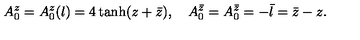
A _ { 0 } ^ { z } = A _ { 0 } ^ { z } ( l ) = 4 \tanh ( z + \bar { z } ) , \quad A _ { 0 } ^ { \bar { z } } = A _ { 0 } ^ { \bar { z } } = - \bar { l } = \bar { z } - z .